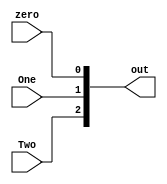
module ThreeInputOneOutput(input zero, One, Two, output[2 : 0] out);
    assign out[0] = zero;
    assign out[1] = One;
    assign out[2] = Two;
endmodule